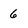
Character: 6